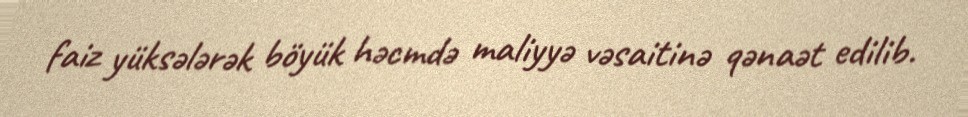
faiz yüksələrək böyük həcmdə maliyyə vəsaitinə qənaət edilib.